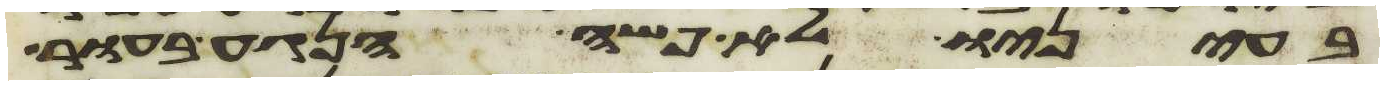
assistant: בעיניו לא פשה הנגע בעור